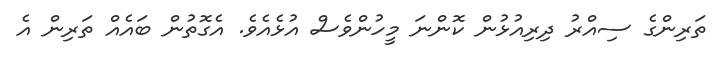
ތަރިންގެ ސިއްރު ދިރިއުޅުން ކޮންނަ މީހުންވެސް އުޅެއެވެ. އެގޮތުން ބައެއް ތަރިން އެ